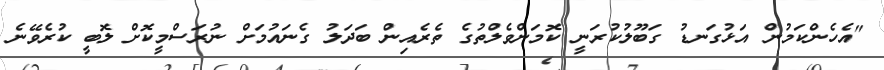
"އެހެންކަމުން އަޅުގަނޑު ގަބޫލުކުރަނީ ކޮމަންވެލްތުގެ ތެރެއިން ބަދަލު ގެނައުމަށް ނުރަސްމީކޮށް ލޮބީ ކުރެވޭނެ